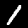
Label: 1